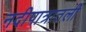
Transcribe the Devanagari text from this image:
नदीपात्रातली